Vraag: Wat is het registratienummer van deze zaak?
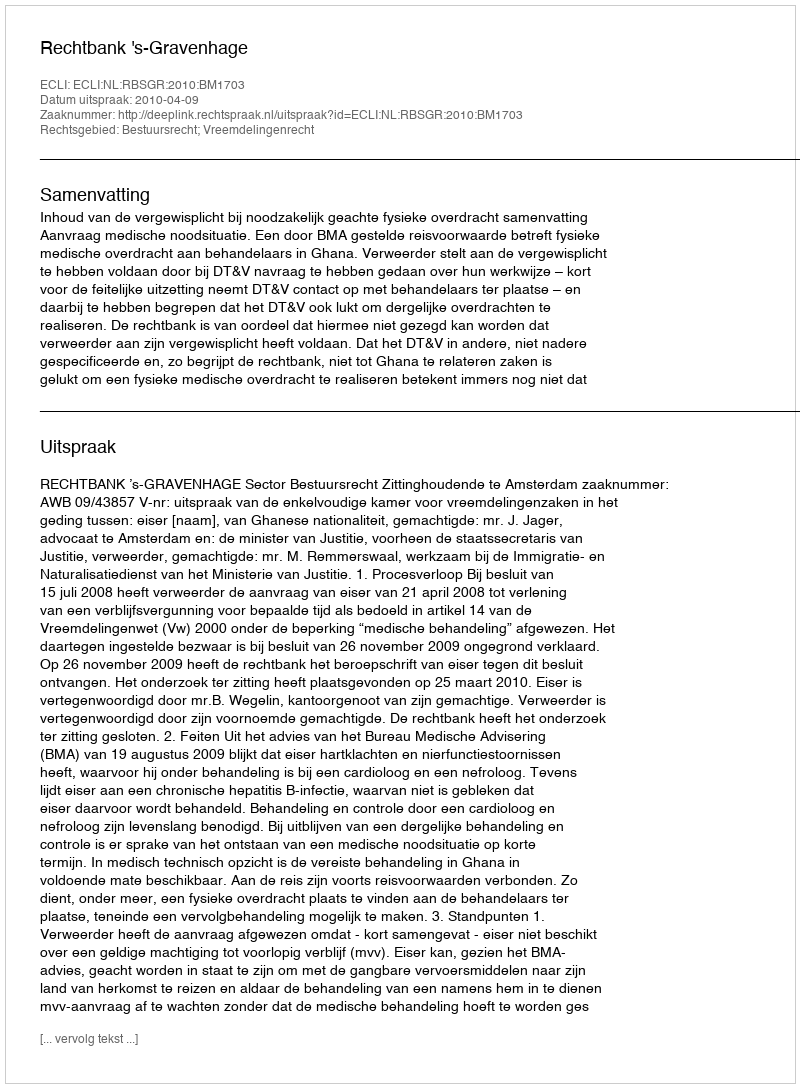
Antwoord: http://deeplink.rechtspraak.nl/uitspraak?id=ECLI:NL:RBSGR:2010:BM1703